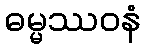
ဓမ္မဿဝနံ